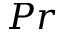
P r